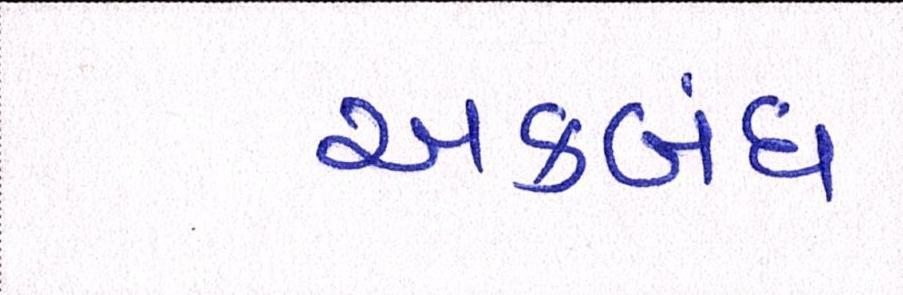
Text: અકબંધ